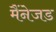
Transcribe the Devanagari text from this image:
मैंनेजड